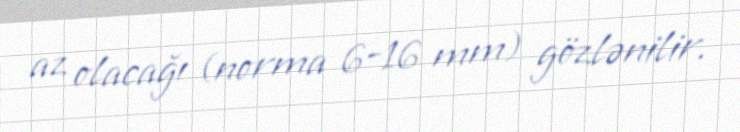
az olacağı (norma 6-16 mm) gözlənilir.